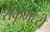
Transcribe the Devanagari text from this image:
शंकूमध्ये